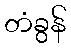
တံခွန်